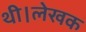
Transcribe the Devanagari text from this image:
थी।लेखक